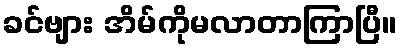
ခင်ဗျား အိမ်ကိုမလာတာကြာပြီ။